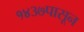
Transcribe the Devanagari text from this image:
१४३७पासून